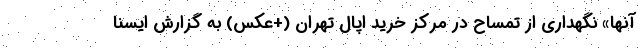
آنها» نگهداری از تمساح در مرکز خرید اُپال تهران (+عکس) به گزارش ایسنا